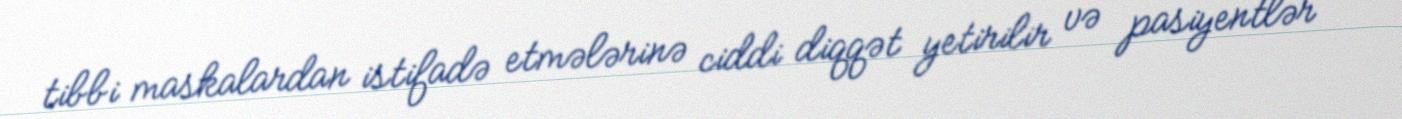
tibbi maskalardan istifadə etmələrinə ciddi diqqət yetirilir və pasiyentlər